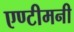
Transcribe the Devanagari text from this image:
एण्टीमनी